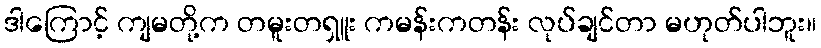
ဒါကြောင့် ကျမတို့က တမူးတရှူး ကမန်းကတန်း လုပ်ချင်တာ မဟုတ်ပါဘူး။